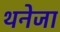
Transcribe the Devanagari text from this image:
थनेजा